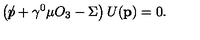
\left( \rlap \slash p + \gamma ^ { 0 } \mu O _ { 3 } - \Sigma \right) U ( \mathbf { p } ) = 0 .